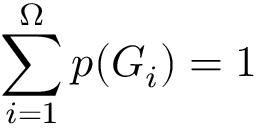
\sum _ { i = 1 } ^ { \Omega } p ( G _ { i } ) = 1